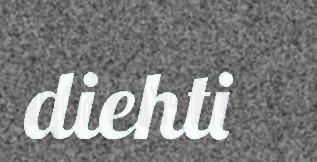
diehti